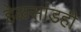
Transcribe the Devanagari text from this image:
हेळसांडही